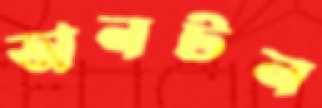
অনটন